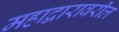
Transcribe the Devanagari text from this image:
महाद्वारावरील